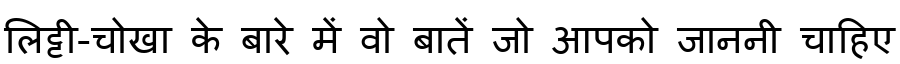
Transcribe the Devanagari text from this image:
लिट्टी-चोखा के बारे में वो बातें जो आपको जाननी चाहिए